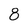
Character: 8